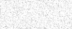
١٠٥